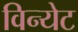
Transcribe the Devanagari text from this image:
विन्येट